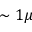
\sim 1 \mu